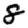
Digit: 8